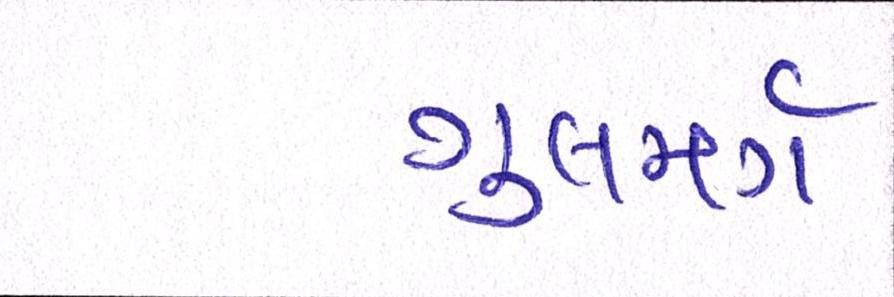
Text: ગુલમર્ગ